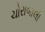
ચોરાબાલી